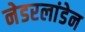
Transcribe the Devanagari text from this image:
नेडरलांडेन